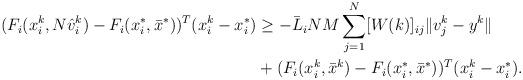
LaTeX: \begin{align*}(F_i(x_i^k,N\hat v^k_i) -F_i(x^*_i,\bar x^*))^T(x_i^k-x_i^*) & \ge -\bar L_iNM \sum_{j=1}^N[W(k)]_{ij}\| v^k_j - y^k\|\cr & + (F_i(x^k_i,\bar x^k) - F_i(x^*_i,\bar x^*) )^T(x_i^k-x_i^*).\end{align*}